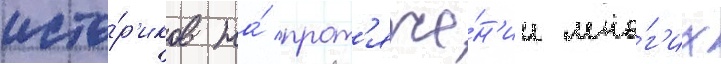
исто́р'иков на́ прот'яже́н'ии мно́г'их